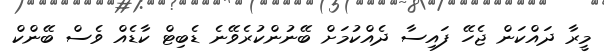
މީރާ ދައްކަން ޖެހޭ ފައިސާ ދެއްކުމަށް ބޭނުންކުރެވޭނެ ޑެބިޓް ކާޑެއް ވެސް ބޭންކް